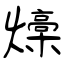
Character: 燺